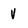
Character: V